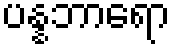
ပန္နဘာရော